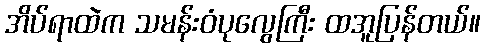
အိပ်ရာထဲက သမန်းဝံပုလွေကြီး ထအူပြန်တယ်။